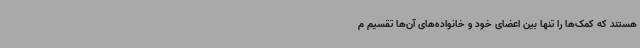
هستند که کمک‌ها را تنها بین اعضای خود و خانواده‌های آن‌ها تقسیم م